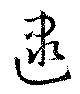
逮